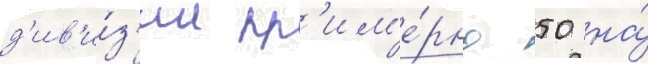
д'ив'и́з'ии пр'им'е́рно 50 на́